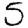
Digit: 5